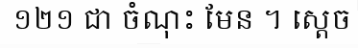
១២១ ជា ចំណុះ មែន ។ ស្តេច